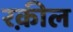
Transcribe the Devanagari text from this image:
रक़ील